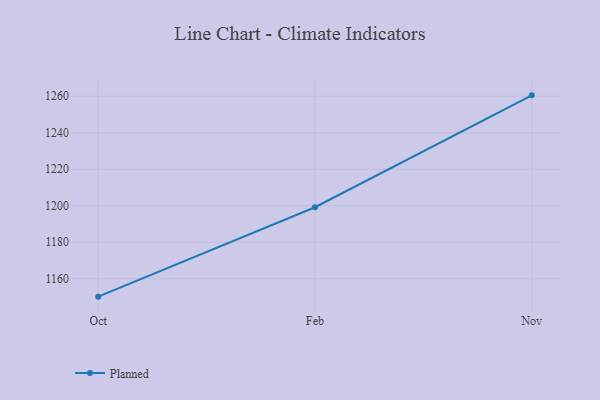
{"axis": {"x": "Month", "y": "Operating Costs (USD K)"}, "legend": ["Planned"], "data": [{"x": "Oct", "y": 1150.2, "type": "Planned"}, {"x": "Feb", "y": 1199.2, "type": "Planned"}, {"x": "Nov", "y": 1260.5, "type": "Planned"}]}